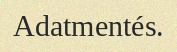
Adatmentés.